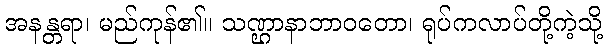
အနန္တရာ၊ မည်ကုန်၏။ သဏ္ဌာနာဘာဝတော၊ ရုပ်ကလာပ်တို့ကဲ့သို့